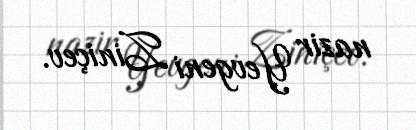
nazir Yevgeni Ziniçev.